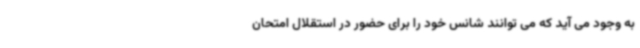
به وجود می آید که می توانند شانس خود را برای حضور در استقلال امتحان